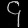
Digit: ၄